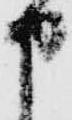
申